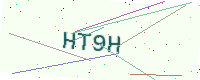
Text: HT9H